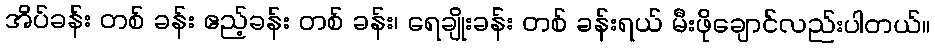
အိပ်ခန်း တစ် ခန်း ဧည့်ခန်း တစ် ခန်း၊ ရေချိုးခန်း တစ် ခန်းရယ် မီးဖိုချောင်လည်းပါတယ်။